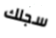
سجلك